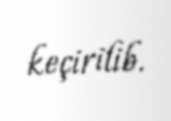
keçirilib.